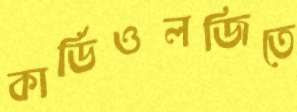
কার্ডিওলজিতে